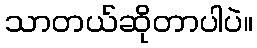
သာတယ်ဆိုတာပါပဲ။